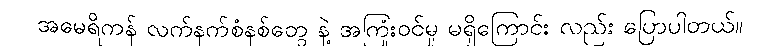
အမေရိကန် လက်နက်စံနစ်တွေ နဲ့ အကြုံးဝင်မှု မရှိကြောင်း လည်း ပြောပါတယ်။